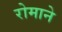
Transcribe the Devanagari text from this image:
रोमाने